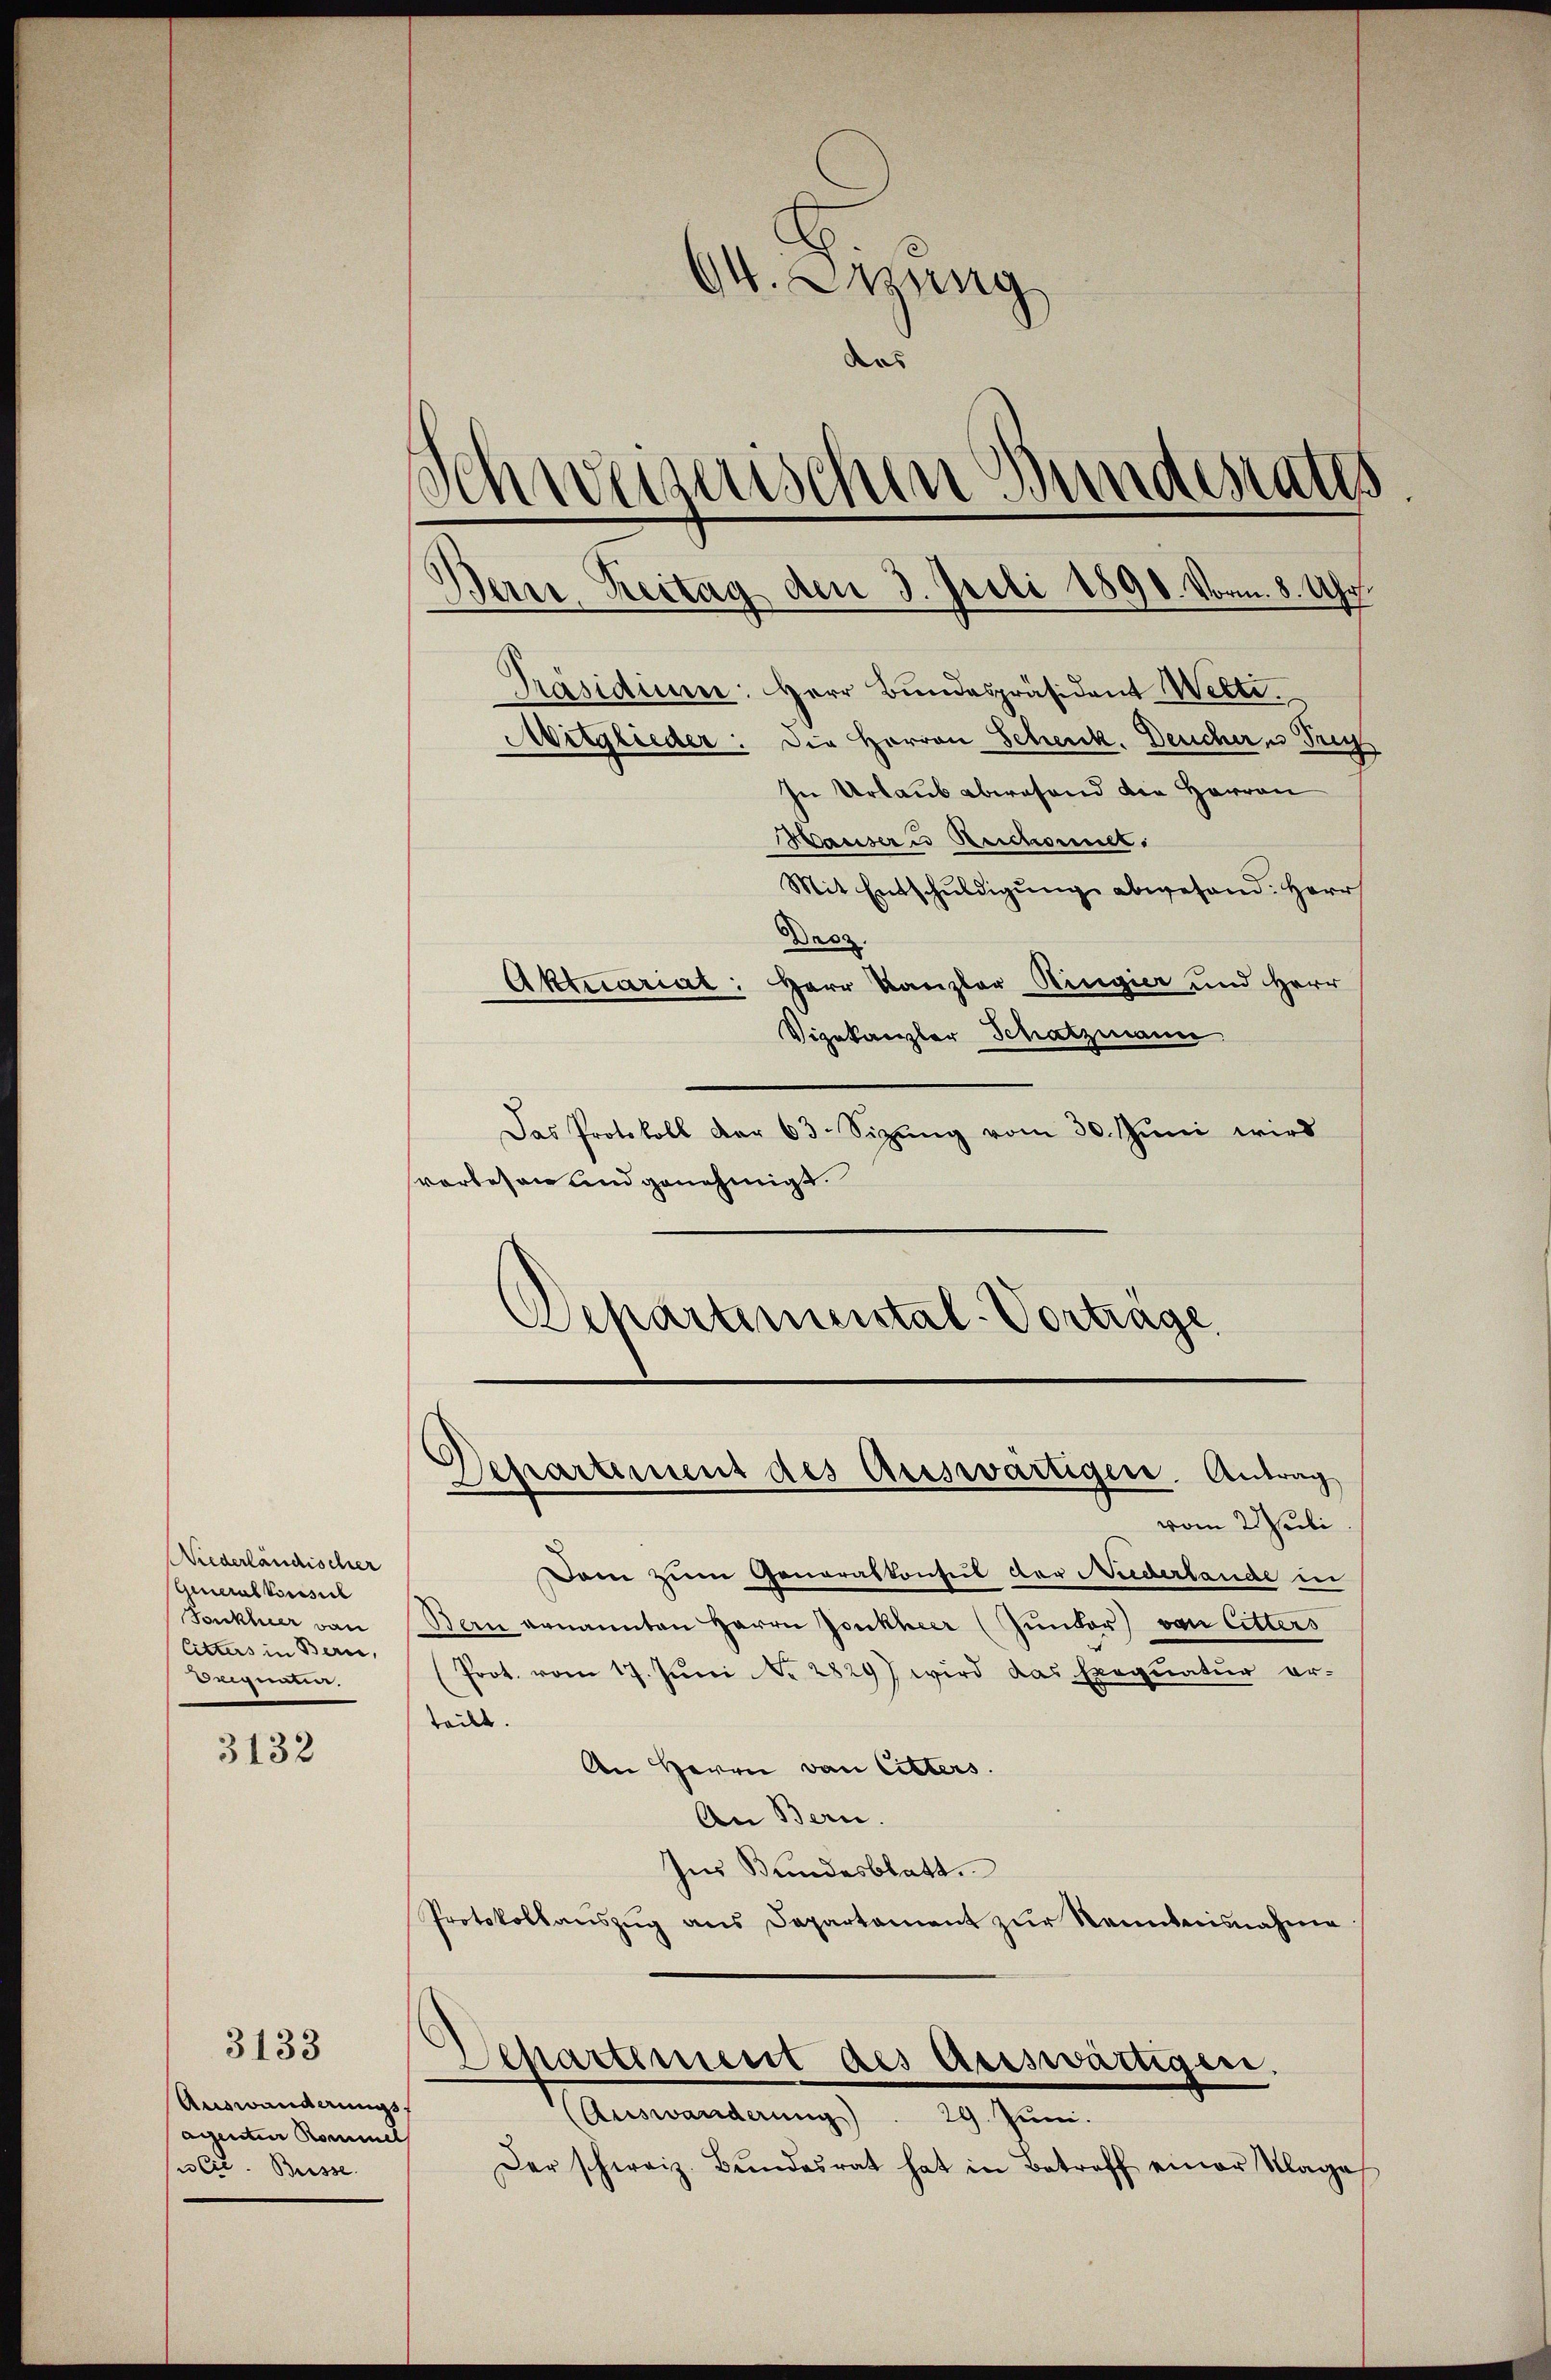
Niederländischer
Generalkonsul
Tonkler von
Citters in Bern,
deigenen.

3132

3133

Auswanderungs-
agentier Kommel
ulie Busse

9t. Zwang
das
Schweizerischen Bundesrates
Bern. Reitag den 3. Juli 1890. Vorm. 8. Uhr.
Präsidium: Herr Bundespräsident Wette.
Mitglieder: Die Herren Schenk. Deucher u Frey
In Urlaub abwesend die Herren

Hausern Zeichonnet
Mit Entschŭldigŭng abwesend: Herr
Dasz
Aktuariat: Herr Kanzler Ringier und Herr
Vizekanzler Schatzmann
Das Protokoll der 63. Sitzung vom 30. Juni wird
vorlesen und genehmigt.
Departimental-Vorträge

Departement des Auswärtigere Antrag
vom 2 Juli

Dam zum Generalkonsul der Neiderlande in
Bern genannten Herrn Jonkheer (Junker) von Litters
Prot. vom 17. Jŭni Nr. 28297 wird das Exequatur er-
teilt.
An Herrn von Litters.
An Bern.
Ins Bundesblatt.
Protokollauszug aus Departement zur Kenntnisnahme
Departement des auswärtigen,

(Auswanderŭng . 29. Juni.
Der schweiz. Bŭndesrat hat in Betreff einer Klage